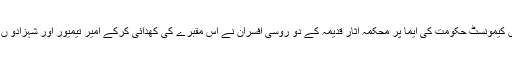
گائیڈ بتا رہی تھی کہ 1941میں کیمونسٹ حکومت کی ایما پر محکمہ آثار قدیمہ کے دو روسی افسران نے اس مقبرے کی کھدائی کرکے امیر تیمیور اور شہزادو ں کی باقیات کو ماسکو منتقل کیا۔